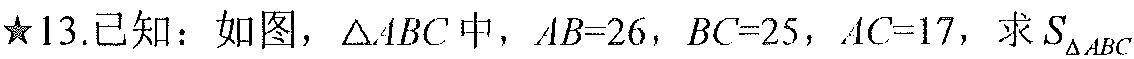
\(★13.\)已知：如图，\(\triangle ABC\)中，\(AB = 26\)，\(BC = 25\)，\(AC = 17\)，求\(S_{\triangle ABC}\)